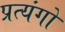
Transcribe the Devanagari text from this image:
प्रत्यंगो